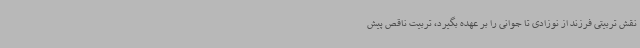
نقش تربیتی فرزند از نوزادی تا جوانی را بر عهده بگیرد، تربیت ناقص پیش